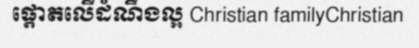
ផ្តោតលើដំណឹងល្អ Christian familyChristian